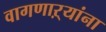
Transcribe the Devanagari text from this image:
वागणाऱ्यांना